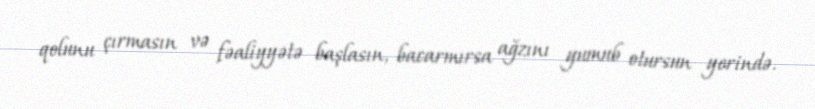
qolunu çırmasın və fəaliyyətə başlasın, bacarmırsa ağzını yumub otursun yerində.